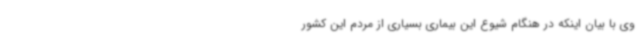
وی با بیان اینکه در هنگام شیوع این بیماری بسیاری از مردم این کشور